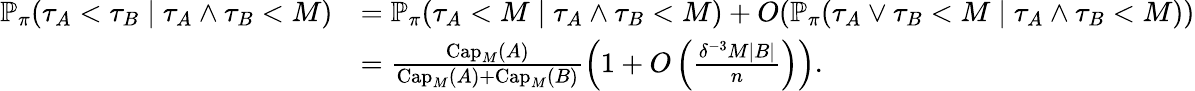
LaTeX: \begin{array}{rl}{\mathbb{P}_{\pi}\! \left(\tau_{A}<\tau_{B}\; \middle\vert\; \tau_{A}\wedge\tau_{B}<M\right)}&{=\mathbb{P}_{\pi}\! \left(\tau_{A}<M\; \middle\vert\; \tau_{A}\wedge\tau_{B}<M\right)+O(\mathbb{P}_{\pi}\! \left(\tau_{A}\vee\tau_{B}<M\; \middle\vert\; \tau_{A}\wedge\tau_{B}<M\right))}\\ &{=\frac{\mathrm{Cap}_{M}(A)}{\mathrm{Cap}_{M}(A)+\mathrm{Cap}_{M}(B)}\left(1+O\left(\frac{\delta^{-3}M|B|}{n}\right)\right).}\end{array}